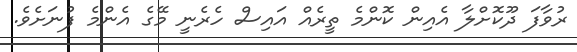
ރުވާފަ ދޫކޮށްލާ އެއިން ކޮންމެ ތީރެއް އައިސް ހެރެނީ މޭގެ އެންމެ ފުނަށެވެ.